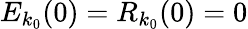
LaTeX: E_{k_{0}}(0)=R_{k_{0}}(0)=0